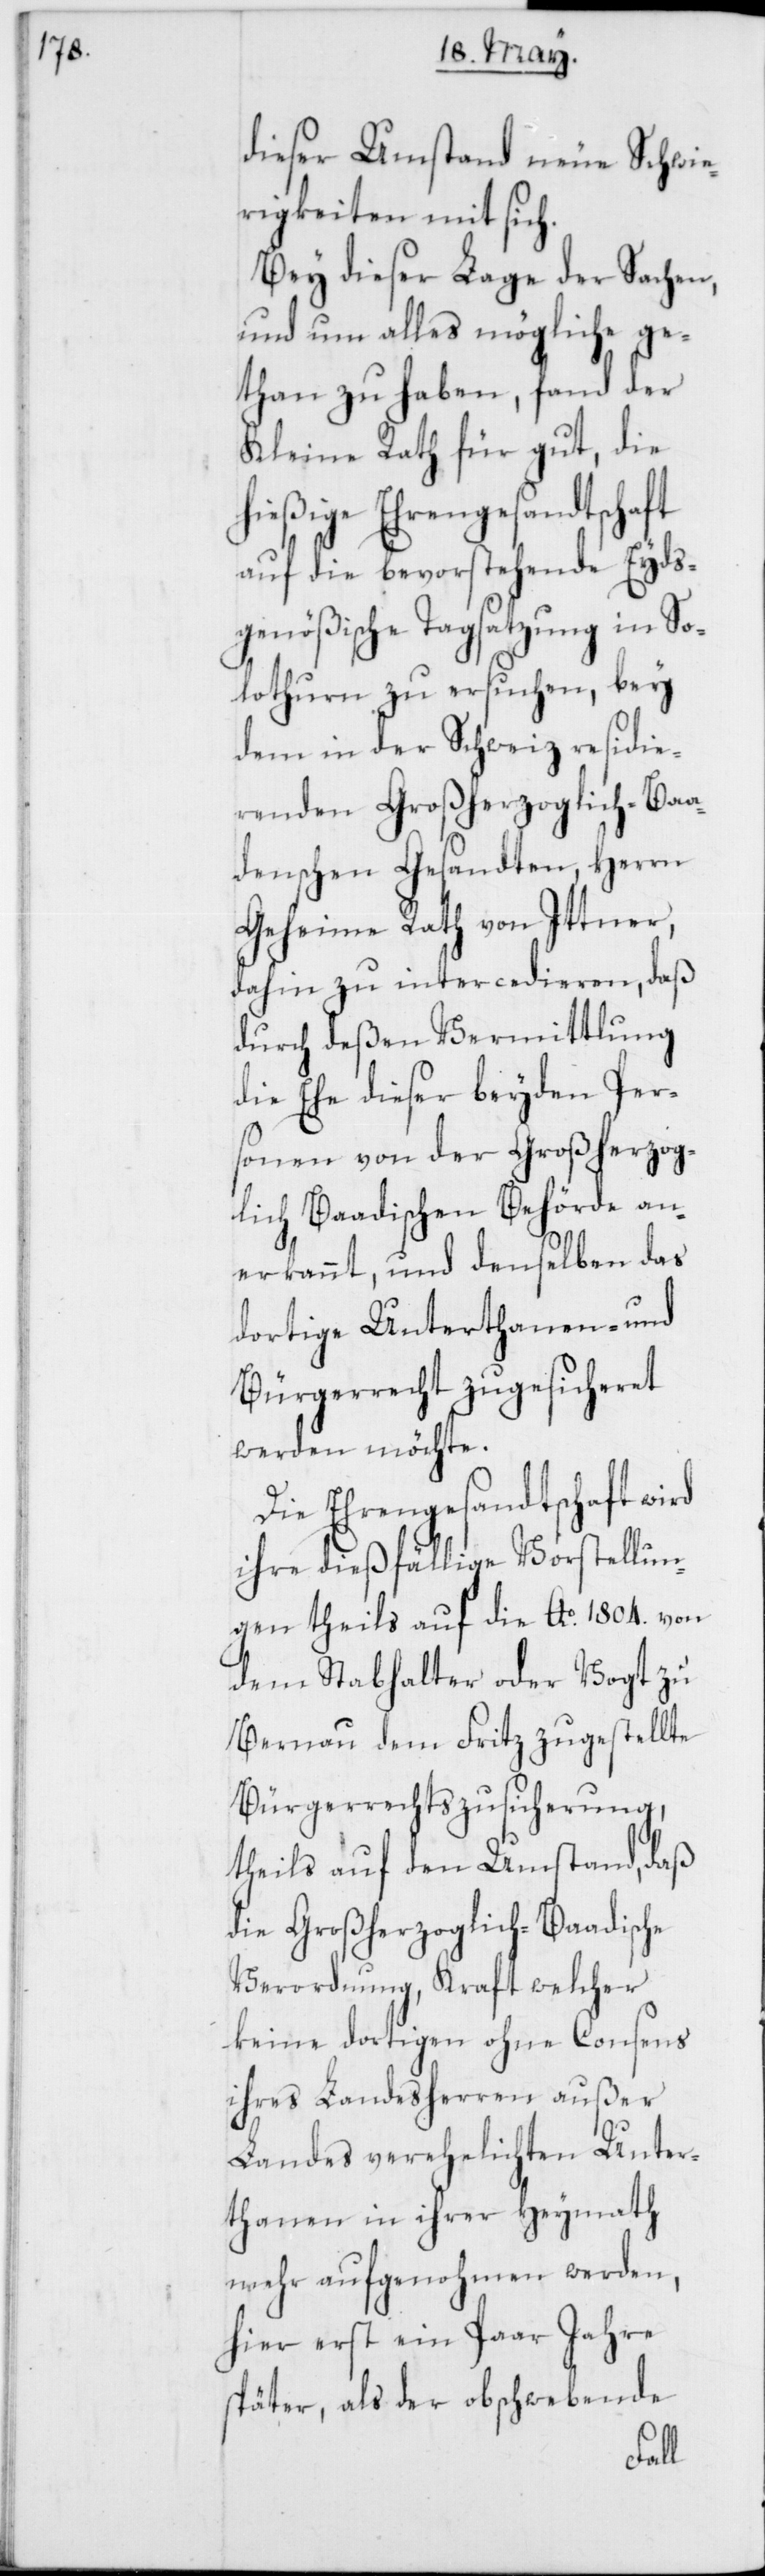
dieser Umstand neue Schwie¬
rigkeiten mit sich.
Bey dieser Lage der Sachen,
und um alles mögliche ge¬
than zu haben, fand der
Kleine Rath für gut, die
hießige Ehrengesandtschaft
auf die bevorstehende Eyds¬
genößische Tagsatzung in So¬
lothurn zu ersuchen, bey
dem in der Schweiz residie¬
renden Großherzoglich-Baa¬
denschen Gesandten, Herrn
Geheime Rath von Ittner,
dahin zu intercedieren, daß
durch deßen Vermittlung
die Ehe dieser beyden Per¬
sonen von der Großherzog¬
lich-Baadischen Behörde an¬
erkannt, und denselben das
dortige Unterthanen- und
Bürgerrecht zugesicheret
werden möchte.
Die Ehrengesandtschaft wird
ihre dießfällige Vorstellun¬
gen theils auf die Ao. 1804. von
dem Stabhalter oder Vogt zu
Bernau dem Fritz zugestellte
Bürgerrechtszusicherung,
theils auf den Umstand, daß
die Großherzoglich-Baadische
Verordnung, Kraft welcher
keine dortigen ohne Consens
ihres Landesherren außer
Landes verehelichten Unter¬
thanen in ihrer Heymath
mehr aufgenohmen werden,
hier erst ein Paar Jahre
später, als der obschwebende